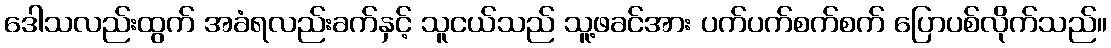
ဒေါသလည်းထွက် အခံရလည်းခက်နှင့် သူငယ်သည် သူ့ဖခင်အား ပက်ပက်စက်စက် ပြောပစ်လိုက်သည်။